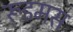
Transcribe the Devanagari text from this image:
रूडमस